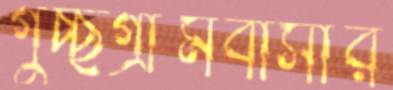
গুচ্ছগ্রামবাসীর